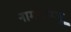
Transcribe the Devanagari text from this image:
नामयांग्जू